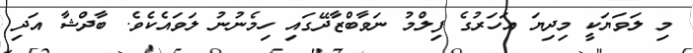
މި ލަވަޔަކީ މިދިޔަ އަހަރުގެ ފިލްމު ނަވާބްޒާދޭގައި ހިމެނުނު ލަވައެކެވެ. ބާދްޝާ އަދި